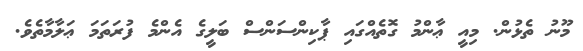
މޫނު ތެޅުން. މިއީ ޢާންމު ގޮތެއްގައި ޕާކިންސަންސް ބަލީގެ އެންމެ ފުރަތަމަ ޢަލާމާތެވެ.